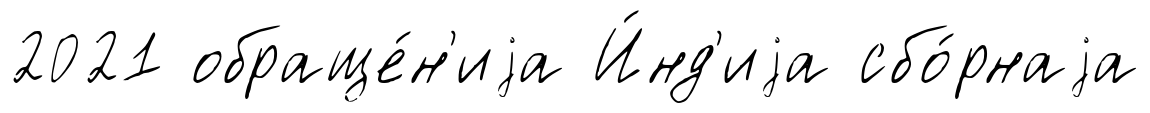
2021 обраще́н'иjа И́нд'иjа сбо́рнаjа